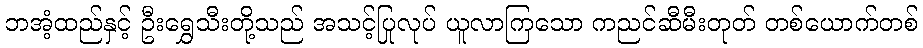
ဘအံ့ထည်နှင့် ဦးရွှေသီးတို့သည် အသင့်ပြုလုပ် ယူလာကြသော ကညင်ဆီမီးတုတ် တစ်ယောက်တစ်